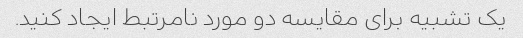
یک تشبیه برای مقایسه دو مورد نامرتبط ایجاد کنید.